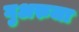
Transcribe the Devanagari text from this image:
गुअरुजा